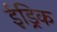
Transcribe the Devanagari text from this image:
ईड्रिक